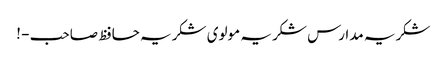
شکریہ مدارس شکریہ مولوی شکریہ حافظ صاحب - !